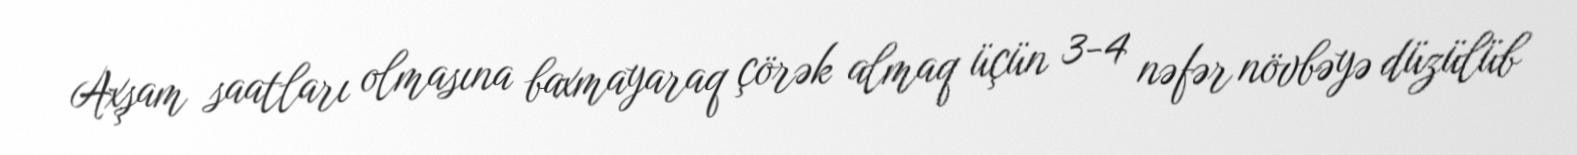
Axşam saatları olmasına baxmayaraq çörək almaq üçün 3-4 nəfər növbəyə düzülüb